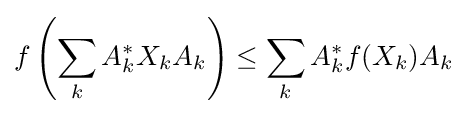
f\left(\sum _{k}A_{k}^{*}X_{k}A_{k}\right)\leq \sum _{k}A_{k}^{*}f(X_{k})A_{k}